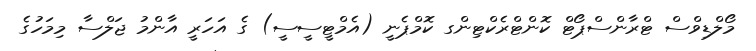
މޯލްޑިވްސް ޓްރާންސްޕޯޓް ކޮންޓްރެކްޓިންގ ކޮމްޕެނީ (އެމްޓީސީސީ) ގެ އަހަރީ އާންމު ޖަލްސާ މިމަހުގެ